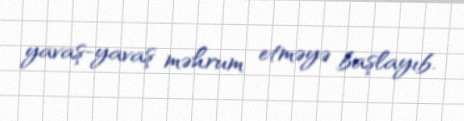
yavaş-yavaş məhrum etməyə başlayıb.